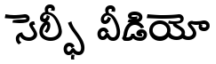
సెల్ఫీ వీడియో